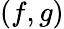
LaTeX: (f,g)